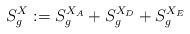
LaTeX: \begin{align*}S^X_g:=S^{X_A}_g+S^{X_D}_g+S^{X_E}_g\end{align*}